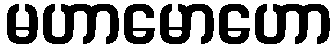
မဟာမောဟော